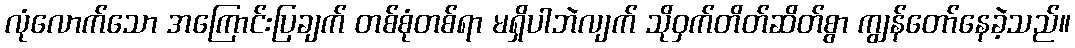
လုံလောက်သော အကြောင်းပြချက် တစ်စုံတစ်ရာ မရှိပါဘဲလျက် သိုဝှက်တိတ်ဆိတ်စွာ ကျွန်တော်နေခဲ့သည်။